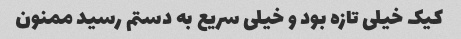
کیک خیلی تازه بود و خیلی سریع به دستم رسید ممنون